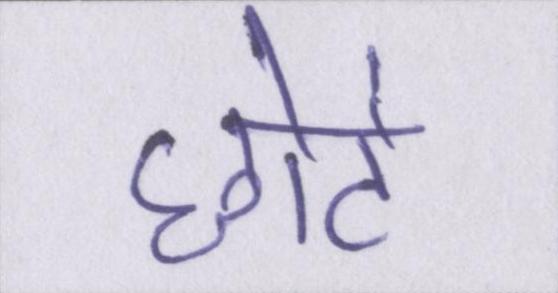
छोटे